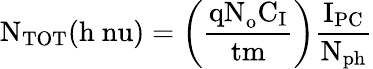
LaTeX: \mathrm{N_{TOT}(h\ nu)}=\left(\mathrm{\frac{\mathrm{qN_{o}}C_{I}}{tm}}\right)\mathrm{\frac{I_{PC}}{N_{ph}}}